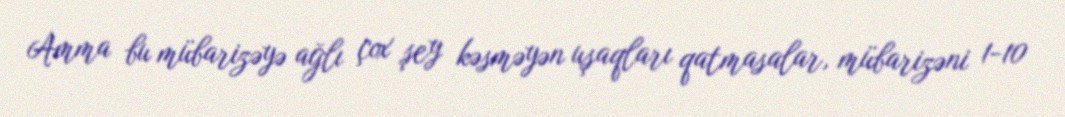
Amma bu mübarizəyə ağlı çox şey kəsməyən uşaqları qatmasalar, mübarizəni 1-10